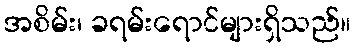
အစိမ်း၊ ခရမ်းရောင်များရှိသည်။